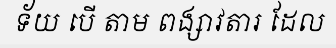
ទ័យ បើ តាម ពង្សាវតារ ដែល